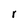
Character: r